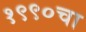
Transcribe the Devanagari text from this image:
१९९०चा